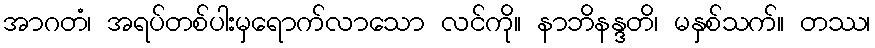
အာဂတံ၊ အရပ်တစ်ပါးမှရောက်လာသော လင်ကို။ နာဘိနန္ဒတိ၊ မနှစ်သက်။ တဿ၊